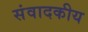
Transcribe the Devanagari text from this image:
संवादकीय